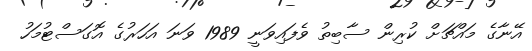
އޭނާގެ މައްޗަށް ކުރިން ސާބިތު ވެފައިވަނީ 1989 ވަނަ އަހަރުގެ އޮގަސްޓުމަހު